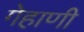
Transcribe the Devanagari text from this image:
गेहाणी